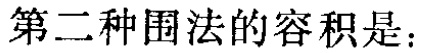
第二种围法的容积是：